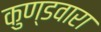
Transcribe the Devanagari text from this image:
कुण्डवारा